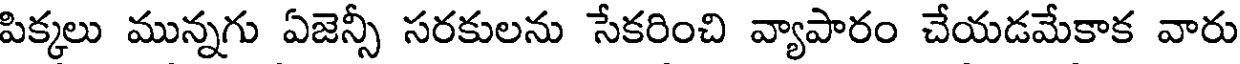
పిక్కలు మున్నగు ఏజెన్సీ సరకులను సేకరించి వ్యాపారం చేయడమేకాక వారు